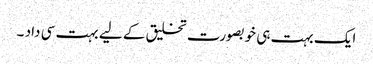
ایک بہت ہی خوبصورت تخلیق کے لیے بہت سی داد ۔